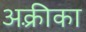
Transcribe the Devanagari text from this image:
अक़्रीका